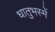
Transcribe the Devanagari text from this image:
धातुभस्में